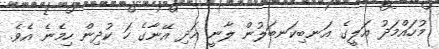
މުހައްމަދު އަލީގެ އަނބިކަނބަލުން ލާނީ އަދި އޭނާގެ ހަ ކުދިން ހިމެނެ އެވެ.